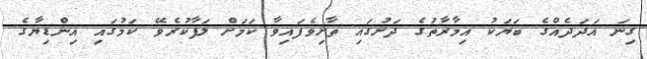
ގިނަ އަދަދެއްގެ ބަޔަކު އިމާރާތުގެ ދަށުގައި ތާށިވެފައިވާ ކަމަށް ލަފާކުރެވޭ ކަމުގައި އިންޑިޔާގެ